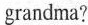
grandma?